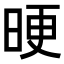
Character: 𣆳